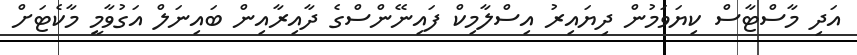
އަދި މާސްޓާސް ކިޔަވަމުން ދިޔައިރު އިސްލާމިކް ފައިނޭންސްގެ ދާއިރާއިން ބައިނަލް އަގުވާމީ މާކެޓަށް